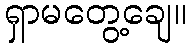
ရှာမတွေ့ချေ။